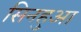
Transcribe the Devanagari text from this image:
सिनहुआ